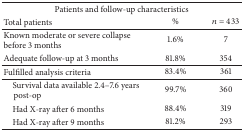
<table><thead><tr><td colspan="3"><b>Patients and follow-up characteristics</b></td></tr><tr><td><b>Total patients</b></td><td><b>%</b></td><td><b><i>n</i> = 433</b></td></tr></thead><tbody><tr><td>Known moderate or severe collapse before 3 months</td><td>1.6%</td><td>7</td></tr><tr><td>Adequate follow-up at 3 months</td><td>81.8%</td><td>354</td></tr><tr><td>Fulfilled analysis criteria </td><td>83.4%</td><td>361</td></tr><tr><td> Survival data available 2.4–7.6 years post-op </td><td>99.7%</td><td>360</td></tr><tr><td> Had X-ray after 6 months</td><td>88.4%</td><td>319</td></tr><tr><td> Had X-ray after 9 months</td><td>81.2%</td><td>293</td></tr></tbody></table>